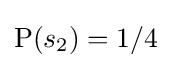
\operatorname {P} (s_{2})=1/4